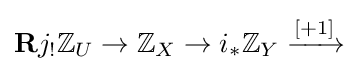
\mathbf {R} j_{!}\mathbb {Z} _{U}\to \mathbb {Z} _{X}\to i_{*}\mathbb {Z} _{Y}\xrightarrow {[+1]}